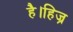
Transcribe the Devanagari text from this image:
है।हिज्र